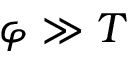
\varphi \gg T